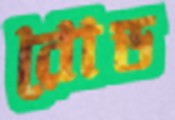
রোড